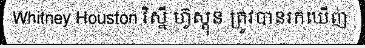
Whitney Houston វិស្នី ហ៊ូស្តុន ត្រូវបានរកឃើញ